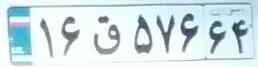
۱۶ق۵۷۶۶۴